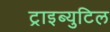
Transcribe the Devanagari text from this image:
ट्राइब्युटिल